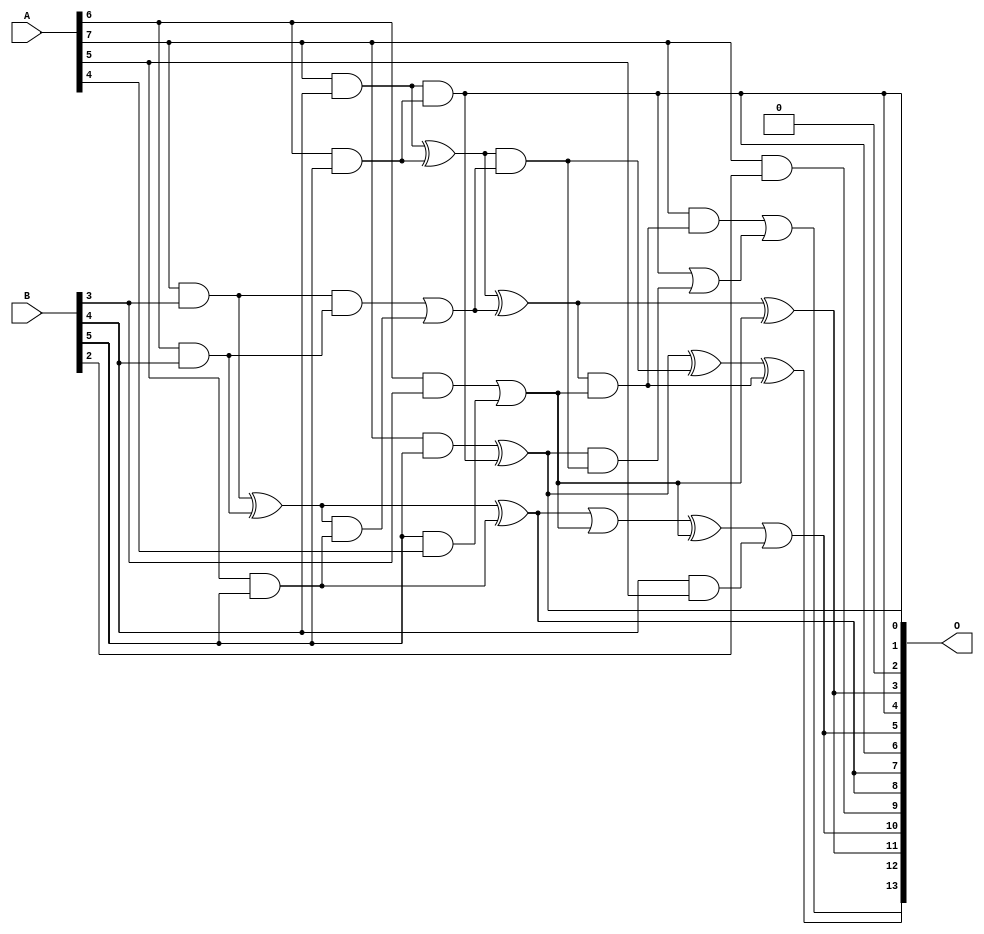
/***
* This code is a part of EvoApproxLib library (ehw.fit.vutbr.cz/approxlib) distributed under The MIT License.
* When used, please cite the following article(s): V. Mrazek, L. Sekanina, Z. Vasicek "Libraries of Approximate Circuits: Automated Design and Application in CNN Accelerators" IEEE Journal on Emerging and Selected Topics in Circuits and Systems, Vol 10, No 4, 2020 
* This file contains a circuit from a sub-set of pareto optimal circuits with respect to the pwr and mse parameters
***/
// MAE% = 2.98 %
// MAE = 488 
// WCE% = 11.68 %
// WCE = 1913 
// WCRE% = 301.56 %
// EP% = 97.93 %
// MRE% = 34.19 %
// MSE = 376281 
// PDK45_PWR = 0.025 mW
// PDK45_AREA = 78.4 um2
// PDK45_DELAY = 0.45 ns

module mul8x6u_0SQ (
    A,
    B,
    O
);

input [7:0] A;
input [5:0] B;
output [13:0] O;

wire sig_44,sig_45,sig_52,sig_53,sig_59,sig_60,sig_61,sig_120,sig_122,sig_123,sig_124,sig_125,sig_126,sig_127,sig_128,sig_129,sig_149,sig_196,sig_199,sig_201;
wire sig_202,sig_204,sig_217,sig_219,sig_220,sig_221,sig_222,sig_233,sig_237,sig_238,sig_297,sig_305;

assign sig_44 = A[6] & B[3];
assign sig_45 = A[7] & B[3];
assign sig_52 = A[6] & B[4];
assign sig_53 = A[7] & B[4];
assign sig_59 = A[5] & B[5];
assign sig_60 = A[6] & B[5];
assign sig_61 = A[7] & B[5];
assign sig_120 = B[5] & A[4];
assign sig_122 = sig_44 | sig_120;
assign sig_123 = sig_45 ^ sig_52;
assign sig_124 = sig_45 & sig_52;
assign sig_125 = sig_123 & sig_59;
assign sig_126 = sig_123 ^ sig_59;
assign sig_127 = sig_124 | sig_125;
assign sig_128 = sig_53 & sig_60;
assign sig_129 = sig_53 ^ sig_60;
assign sig_149 = B[4] & A[5];
assign sig_196 = sig_126 | sig_122;
assign sig_199 = sig_196 ^ sig_122;
assign sig_201 = sig_129 & sig_127;
assign sig_202 = sig_129 ^ sig_127;
assign sig_204 = sig_61 ^ sig_128;
assign sig_217 = sig_199 | sig_149;
assign sig_219 = sig_202 ^ sig_122;
assign sig_220 = sig_202 & sig_122;
assign sig_221 = sig_204 ^ sig_201;
assign sig_222 = sig_204 & sig_201;
assign sig_233 = sig_128 | sig_222;
assign sig_237 = A[7] & sig_220;
assign sig_238 = sig_221 ^ sig_220;
assign sig_297 = sig_237 | sig_233;
assign sig_305 = A[7] & B[2];

assign O[13] = sig_297;
assign O[12] = sig_238;
assign O[11] = sig_219;
assign O[10] = sig_217;
assign O[9] = sig_305;
assign O[8] = sig_126;
assign O[7] = sig_126;
assign O[6] = sig_128;
assign O[5] = sig_217;
assign O[4] = sig_128;
assign O[3] = sig_219;
assign O[2] = 1'b0;
assign O[1] = sig_128;
assign O[0] = sig_204;

endmodule